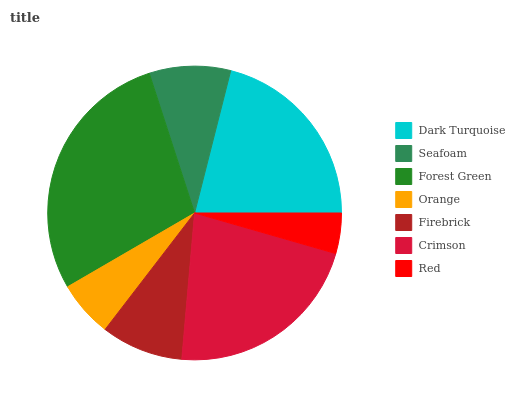
| Dark Turquoise | Seafoam | Forest Green | Orange | Firebrick | Crimson | Red |
 | --- | --- | --- | --- | --- | --- | --- |
 | 21% | 8.95% | 28.3% | 6.2% | 9.05% | 22% | 4.46% |